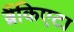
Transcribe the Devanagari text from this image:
ब्रैंकिएटा